Document type: Emphyteutic lease
Year: 1276
Scribe: Pere de Roca
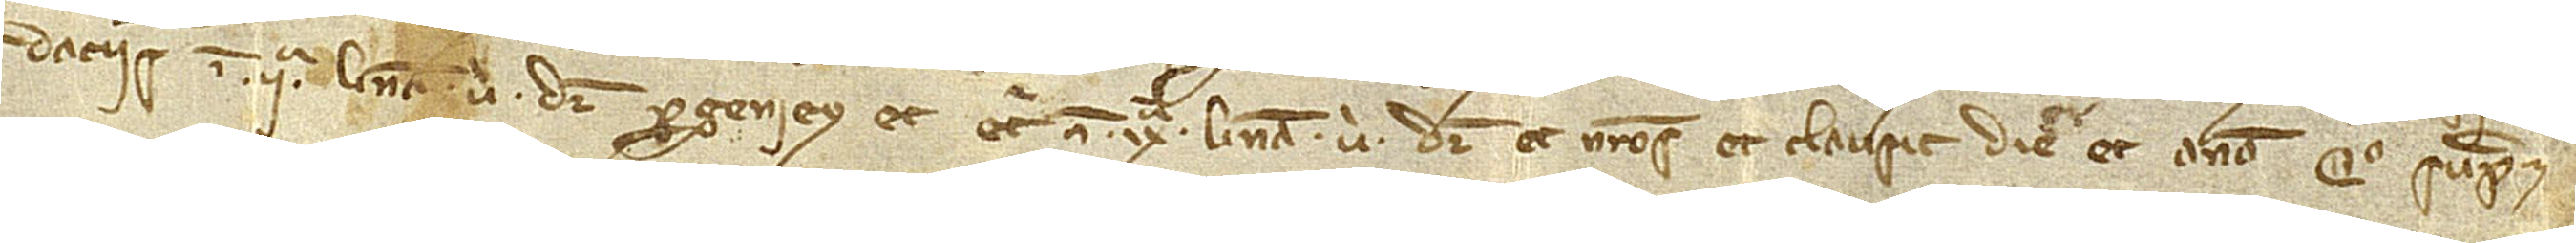
datiis in IIª linea, ubi dicitur “progeniey”, et etiam in IXª linea, ubi dicitur “et nostros”, et clausit die et anno quo supra.